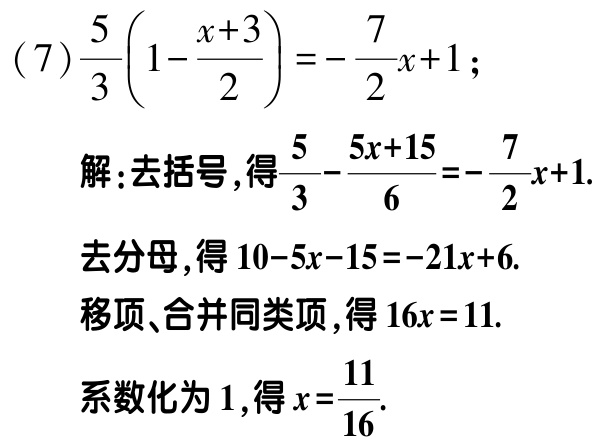
(7) \(\frac{5}{3}\left(1 - \frac{x + 3}{2}\right)=-\frac{7}{2}x + 1\);

解：去括号，得\(\frac{5}{3}-\frac{5x + 15}{6}=-\frac{7}{2}x + 1\).

去分母，得\(10 - 5x - 15=-21x + 6\).

移项、合并同类项，得\(16x = 11\).

系数化为\(1\)，得\(x=\frac{11}{16}\).